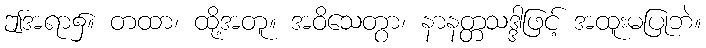
ဤအရာ၌။ တထာ၊ ထို့အတူ။ အဝိသေတွာ၊ နာနတ္တသဒ္ဒါဖြင့် အထူးမပြုဘဲ။